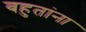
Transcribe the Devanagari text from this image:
बहुतांना